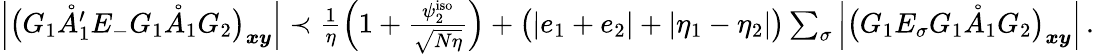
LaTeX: \begin{array}{r}{\left|\big(G_{1}\mathring{A}_{1}^{\prime}E_{-}G_{1}\mathring{A}_{1}G_{2}\big)_{\boldsymbol{x}\boldsymbol{y}}\right|\prec\frac{1}{\eta}\left(1+\frac{\psi_{2}^{\mathrm{iso}}}{\sqrt{N\eta}}\right)+\big(|e_{1}+e_{2}|+|\eta_{1}-\eta_{2}|\big)\sum_{\sigma}\left|\big(G_{1}E_{\sigma}G_{1}\mathring{A}_{1}G_{2}\big)_{\boldsymbol{x}\boldsymbol{y}}\right|\, .}\end{array}